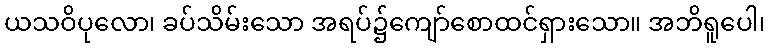
ယသဝိပုလော၊ ခပ်သိမ်းသော အရပ်၌ကျော်စောထင်ရှားသော။ အဘိရူပေါ၊